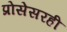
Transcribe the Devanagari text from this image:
प्रोसेसरही